Vaccine operations Central Provinces 1868-1885 - 1868-1885
Year: 1868
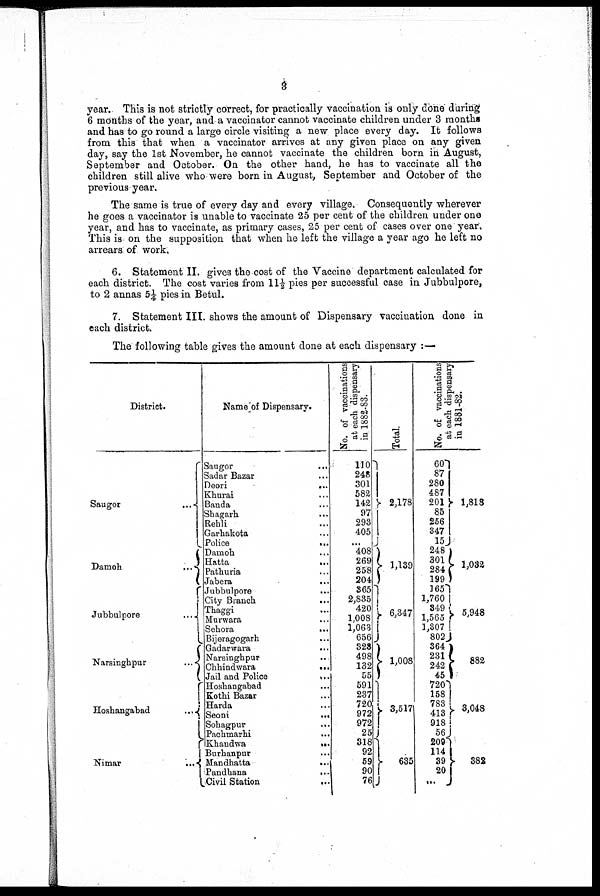
3
year. This is not strictly correct, for practically vaccination is only done during
6 months of the year, and a vaccinator cannot vaccinate children under 3 months
and has to go round a large circle visiting a new place every day. It follows
from this that when a vaccinator arrives at any given place on any given
day, say the 1st November, he cannot vaccinate the children born in August,
September and October. On the other hand, he has to vaccinate all the
children still alive who were born in August, September and October of the
previous-year.
The same is true of every day and every village. Consequently wherever
he goes a vaccinator is unable to vaccinate 25 per cent of the children under one
year, and has to vaccinate, as primary cases, 25 per cent of cases over one year.
This is on the supposition that when he left the village a year ago he left no
arrears of work.
6. Statement II. gives the cost of the Vaccine department calculated for
each district. The cost varies from 11½ pies per successful case in Jubbulpore,
to 2 annas 5¼ pies in Betul.
7. Statement III. shows the amount of Dispensary vaccination done in
each district.
The following table gives the amount done at each dispensary :—
District.
Saugor ...
Damoh
...
Jubbulpore
...
Narsinghpur
...
Hoshangabad
...
Nimar
...
Name of Dispensary.
Saugor ...
Sadar Bazar ...
Deori
...
Khurai ...
Banda ...
Shagarh
...
Rehli ...
Garhakota ...
Police
...
Damoh ...
Hatta
...
Pathuria ...
Jabera
...
Jubbulpore...
...
City
Branch...
...
Thaggi...
...
...
Murwara... ...
Sehora
...
Bijeragogarh ...
Gadarwara ...
Narsinghpur ...
Chhindwara
...
Jail and Police
...
Hoshangabad ...
Kothi Bazar ...
Harda ...
Seoni
...
Sohagpur
...
Pachmarhi
...
Khandwa
...
Burhanpur ...
Mandhatta
...
Pandhana
...
Civil Station
...
No. of vaccinations
at each dispensary
in 1882-83.
110
248
301
582
142
97
293
405
...
408
269
258
204
365
2,835
420
1,008
1,063
656
323
498
132
55
591
237
720
972
972
25
318
92
59
90
76
Total.
2,178
1,139
6,347
1,008
3,517
635
No. of vaccinations
at each dispensary
in 1881-82.
60
87
280
487
201
85
256
347
15
248
301
284
199
165
1,760
349
1,565
1,307
802
364
231
242
45
720
158
783
413
918
56
209
114
39
20
...
1,818
1,032
5,948
882
3,048
382